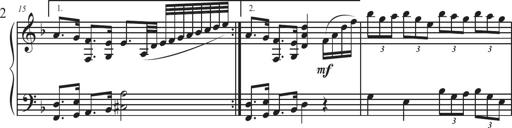
Title: Sonatina Espania
Composer: Jerald Franklin Archer
Key: Various